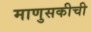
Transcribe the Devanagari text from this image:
माणुसकीची